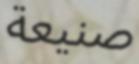
صنيعة